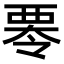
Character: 𮗁